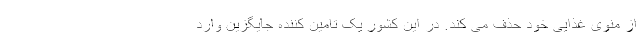
از منوی غذایی خود حذف می کند. در این کشور یک تامین کننده جایگزین وارد